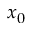
x _ { 0 }